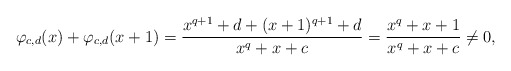
\begin{align*}\varphi_{c,d}(x) + \varphi_{c,d}(x+1) = \frac{x^{q+1}+d+(x+1)^{q+1}+d}{x^q+x+c} = \frac{x^q+x+1}{x^q+x+c} \ne 0,\end{align*}